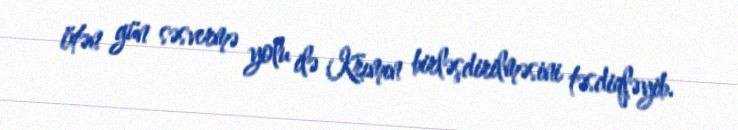
ötən gün səsvermə yolu ilə Krımın birləşdirilməsini təsdiqləyib.